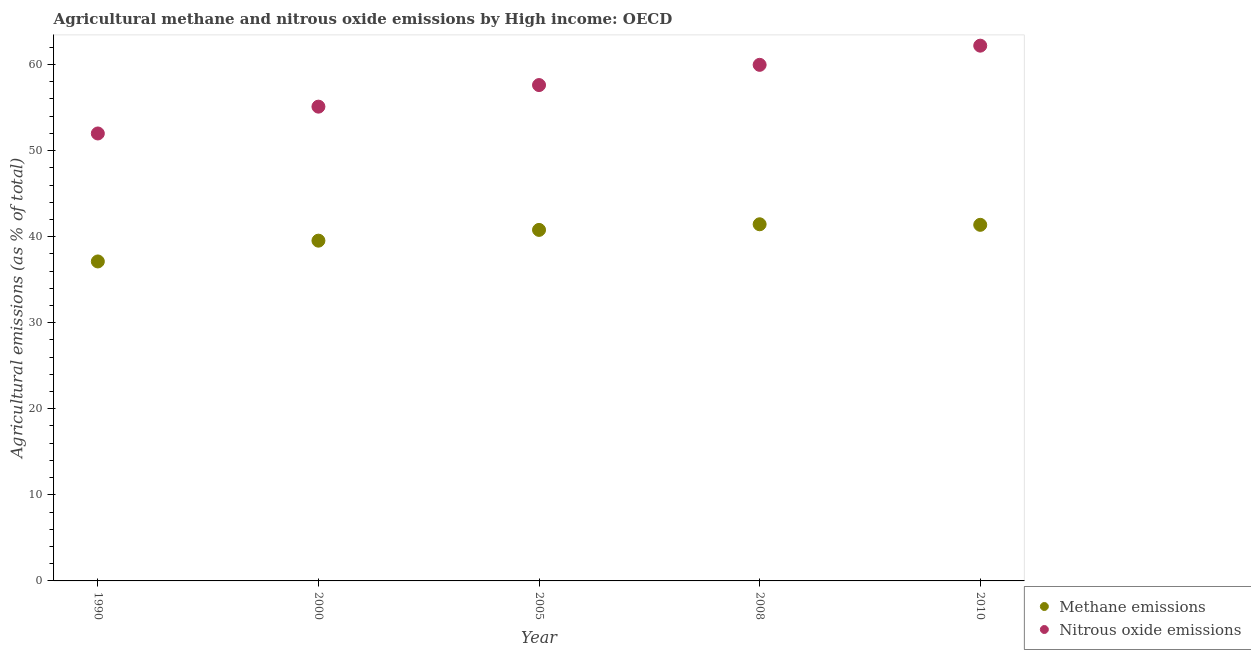
| Year | Methane emissions | Nitrous oxide emissions |
 | --- | --- | --- |
 | 1990 | 37.1 | 52 |
 | 2000 | 39.5 | 55.1 |
 | 2005 | 40.8 | 57.6 |
 | 2008 | 41.4 | 60 |
 | 2010 | 41.4 | 62.2 |